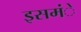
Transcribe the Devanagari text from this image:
इसमंे